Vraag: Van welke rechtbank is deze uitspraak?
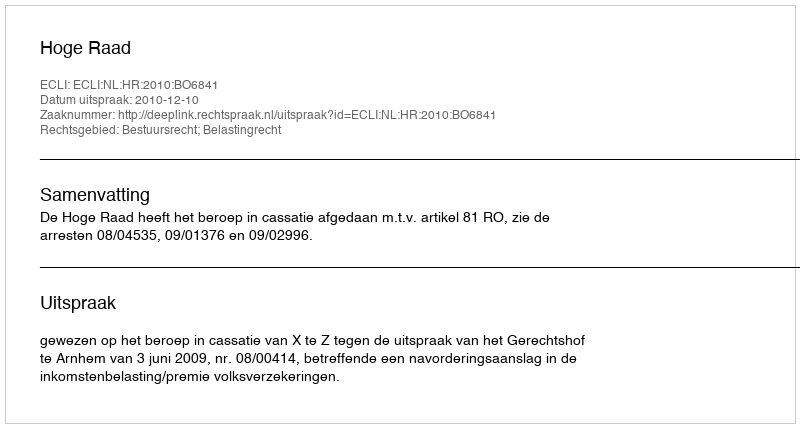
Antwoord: Hoge Raad